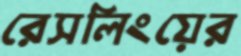
রেসলিংয়ের